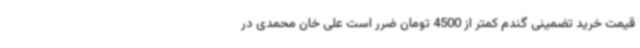
قیمت خرید تضمینی گندم کمتر از 4500 تومان ضرر است علی خان محمدی در